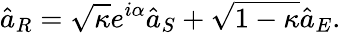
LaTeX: \hat{a}_{R}=\sqrt{\kappa}e^{i\alpha}\hat{a}_{S}+\sqrt{1-\kappa}\hat{a}_{E}.